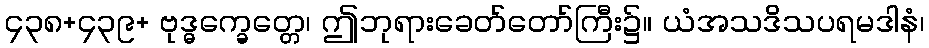
၄၃၈+၄၃၉+ ဗုဒ္ဓက္ခေတ္တေ၊ ဤဘုရားခေတ်တော်ကြီး၌။ ယံအသဒိသပရမဒါနံ၊